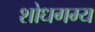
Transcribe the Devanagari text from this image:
शोधगम्‍य